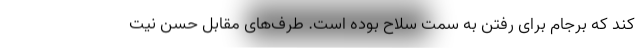
کند که برجام برای رفتن به سمت سلاح بوده است. طرف‌های مقابل حسن نیت